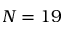
N = 1 9